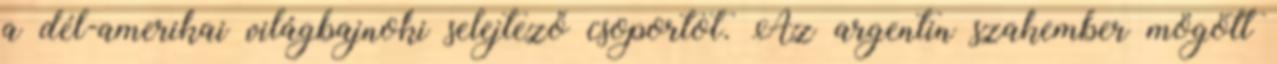
a dél-amerikai világbajnoki selejtező csoportot. Az argentin szakember mögött